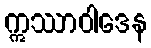
ဣဿာဝါဒေန